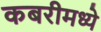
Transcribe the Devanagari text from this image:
कबरीमध्ये